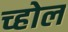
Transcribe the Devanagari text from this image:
च्होल